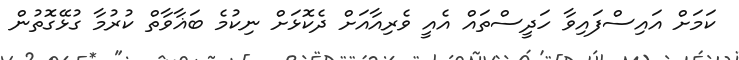
ކަމަށް އައިސްފައިވާ ހަދީސްތައް އެއީ ވެރިއާއަށް ދެކޮޅަށް ނިކުމެ ބަޣާވާތް ކުރުމާ ގުޅޭގޮތުން